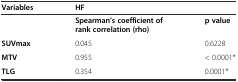
<table><thead><tr><td><b>Variables</b></td><td colspan="2"><b>HF</b></td></tr></thead><tbody><tr><td></td><td><b>Spearman’s coefficient of rank correlation (rho)</b></td><td><b>p value</b></td></tr><tr><td><b>SUVmax</b></td><td>0.045</td><td>0.6228</td></tr><tr><td><b>MTV</b></td><td>0.955</td><td>&lt; 0.0001*</td></tr><tr><td><b>TLG</b></td><td>0.354</td><td>0.0001*</td></tr></tbody></table>